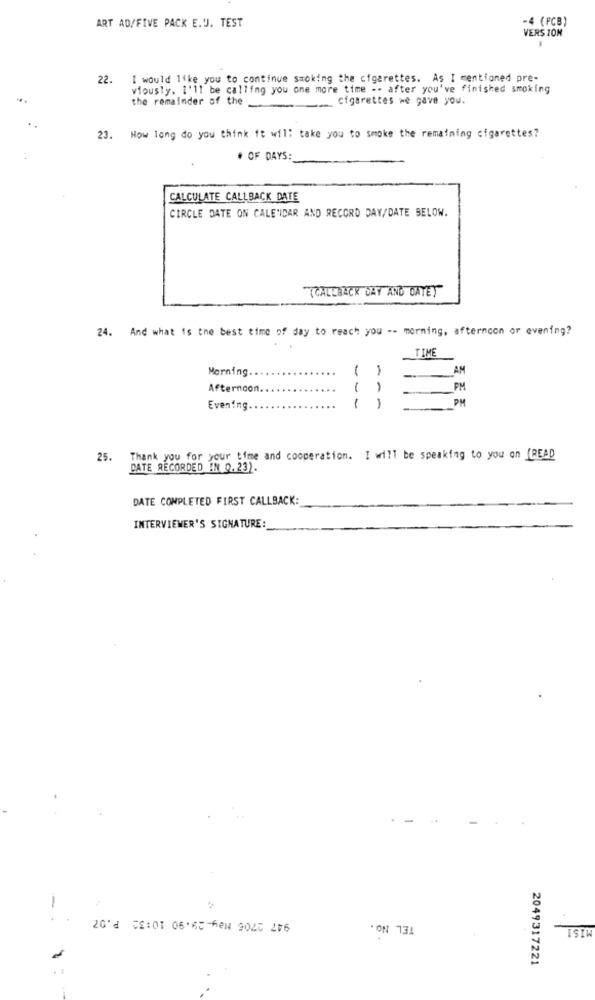
-4 (FCB)
ART AD/FIVE PACK E.U. TEST
VERS ION
22.
I would like you to continue smoking the cigarettes. As I mentioned pre-
viously. i'll be calling you one more time -- after you've finished smoking
Cigarettes we gave you.
the remainder of the
23. How long do you think it will take you to smoke the remaining cigarettes?
# OF DAYS:
CALCULATE CALLBACK DATE
CIRCLE DATE ON CALE'IDAR AND RECORD DAY/DATE BELOW.
(CALLBACK DAY AND DAYET"
24. And what is the best time of day to reach you -- morning, afternoon or evening?
TIME
Morning.
1
AM
Afternoon
PM
--
PM
Evening.
25. Thank you for your time and cooperation. I will be speaking to you on [READ
DATE RECORDED IN 0.23).
DATE COMPLETED FIRST CALLBACK:
INTERVIEWER'S SIGNATURE:
947 2705 May-29.90 10:32 P.07
.
.
TEL No.
ISIW
2049317221
. :